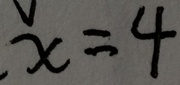
x = 4